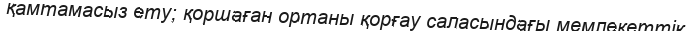
қамтамасыз ету; қоршаған ортаны қорғау саласындағы мемлекеттік